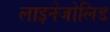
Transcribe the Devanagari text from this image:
लाइनेजोलिड